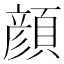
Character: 顔